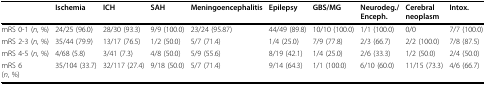
|  | Ischemia | ICH | SAH | Meningoencephalitis | Epilepsy | GBS/MG | Neurodeg./Enceph. | Cerebralneoplasm | Intox. |
 | --- | --- | --- | --- | --- | --- | --- | --- | --- | --- |
 | mRS 0-1 (n, %) | 24/25 (96.0) | 28/30 (93.3) | 9/9 (100.0) | 23/24 (95.87) | 44/49 (89.8) | 10/10 (100.0) | 1/1 (100.0) | 0/0 | 7/7 (100.0) |
 | mRS 2-3 (n, %) | 35/44 (79.9) | 13/17 (76.5) | 1/2 (50.0) | 5/7 (71.4) | 1/4 (25.0) | 7/9 (77.8) | 2/3 (66.7) | 2/2 (100.0) | 7/8 (87.5) |
 | mRS 4-5 (n, %) | 4/68 (5.8) | 3/41 (7.3) | 4/8 (50.0) | 5/9 (55.6) | 8/19 (42.1) | 1/4 (25.0) | 2/6 (33.3) | 1/2 (50.0) | 2/4 (50.0) |
 | mRS 6(n, %) | 35/104 (33.7) | 32/117 (27.4) | 9/18 (50.0) | 5/7 (71.4) | 9/14 (64.3) | 1/1 (100.0) | 6/10 (60.0) | 11/15 (73.3) | 4/6 (66.7) |